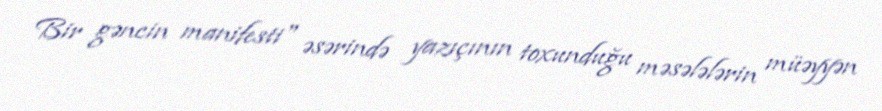
Bir gəncin manifesti" əsərində yazıçının toxunduğu məsələlərin müəyyən